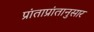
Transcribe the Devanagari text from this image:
प्रांताप्रांतानुसार